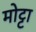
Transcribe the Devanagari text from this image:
मोट्टा